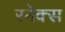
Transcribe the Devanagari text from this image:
स्नेक्स